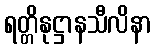
ရတ္တိနုဋ္ဌာနသီလိနာ